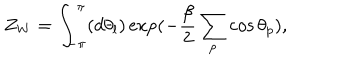
Z _ { W } = \int _ { - \pi } ^ { \pi } ( d \theta _ { l } ) \exp ( - \frac { \beta } { 2 } \sum _ { p } \cos { \theta } _ { p } ) ,